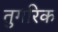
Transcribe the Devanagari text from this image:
तुगरिक